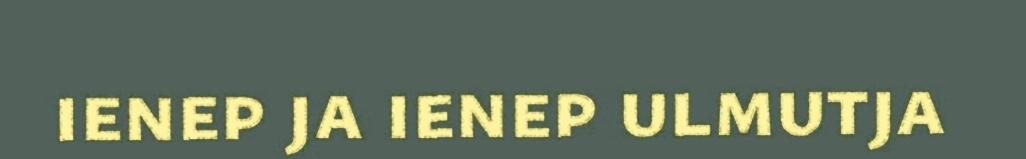
ienep ja ienep ulmutja